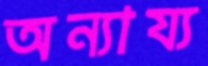
অন্যায্য